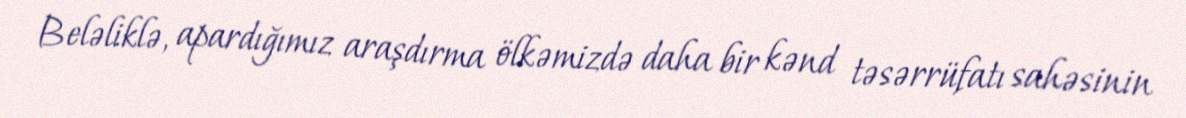
Beləliklə, apardığımız araşdırma ölkəmizdə daha bir kənd təsərrüfatı sahəsinin